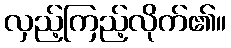
လှည့်ကြည့်လိုက်၏။